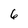
Character: 6